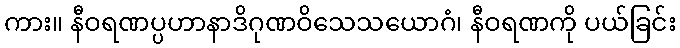
ကား။ နီဝရဏပ္ပဟာနာဒိဂုဏဝိသေသယောဂံ၊ နီဝရဏကို ပယ်ခြင်း